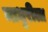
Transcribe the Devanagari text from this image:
माधुरीला